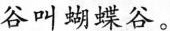
谷叫蝴蝶谷。